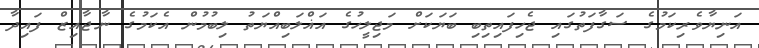
އަނިޔާވެރިކަމުގެ ސަގާފަތުގައި ޖެހިފައިތިބި ބަޔަކަށް މަޖިލީހުގެ އަޣްލަބިއްޔަތު ލިބުމުން އެކަމުގެ ނާޖާއިޒް ފައިދާ